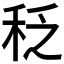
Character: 𱶀